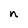
Character: n